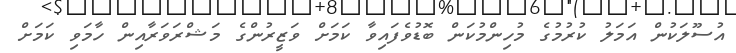
އުސޫލަކުން އަމަލު ކުރުމުގެ މުހިންމުކަން ބޮޑުވެފައިވާ ކަމަށް ވަޒީރުންގެ މަޝްރަވަރާއިން ހާމަވި ކަމަށް